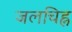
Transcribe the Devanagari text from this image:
जलचिह्न